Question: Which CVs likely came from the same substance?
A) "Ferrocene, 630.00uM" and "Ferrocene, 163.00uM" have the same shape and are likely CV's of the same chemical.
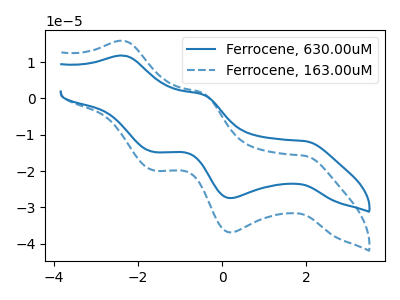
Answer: <think>The blue curve "Ferrocene, 630.00uM" has anodic peaks at (-2.35V, 11.80uA) (-0.50V, 1.15uA) and cathodic peaks at (1.95V, -11.75uA) (0.20V, -27.40uA) (-1.65V, -14.70uA). The blue dashed curve "Ferrocene, 163.00uM" has anodic peaks at (-2.35V, 15.85uA) (-0.50V, 1.55uA) and cathodic peaks at (1.95V, -15.80uA) (0.20V, -36.85uA) (-1.65V, -19.75uA).
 All the peaks in "Ferrocene, 630.00uM" have a peak in "Ferrocene, 163.00uM" at the same potential. Every peak in "Ferrocene, 630.00uM" is lower than every peak in "Ferrocene, 163.00uM".</think>
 <answer>A) "Ferrocene, 630.00uM" and "Ferrocene, 163.00uM" have the same shape and are likely CV's of the same chemical.</answer>
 <eval>A</eval>